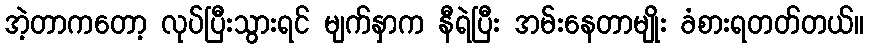
အဲ့တာကတော့ လုပ်ပြီးသွားရင် မျက်နှာက နီရဲပြီး အမ်းနေတာမျိုး ခံစားရတတ်တယ်။